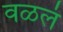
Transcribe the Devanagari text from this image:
वळलं